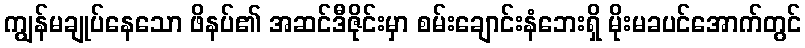
ကျွန်မချုပ်နေသော ဖိနပ်၏ အဆင်ဒီဇိုင်းမှာ စမ်းချောင်းနံဘေးရှိ မိုးမခပင်အောက်တွင်